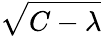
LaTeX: \sqrt{C-\lambda}